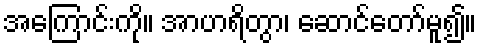
အကြောင်းကို။ အာဟရိတွာ၊ ဆောင်တော်မူ၍။